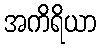
အကိရိယာ